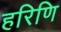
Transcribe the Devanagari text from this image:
हरिणि